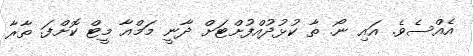
އެއްސެވެ. އައި ނޯ. ތާ ކުޅުދުއްފުށްޓަށް ދާނީ މަމްއާ މީޓް ކޮށްފަ. ތާރާ